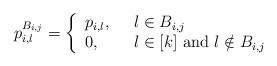
LaTeX: \begin{align*}p_{i,l}^{B_{i,j}}=\left\{\begin{array}{ll}p_{i,l},\ \ & l\in B_{i,j}\\0,\ \ & l\in [k] ~\mathrm{and}~ l\notin B_{i,j}\end{array}\right.\end{align*}